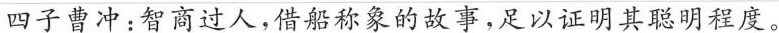
四子曹冲：智商过人，借船称象的故事，足以证明其聪明程度。